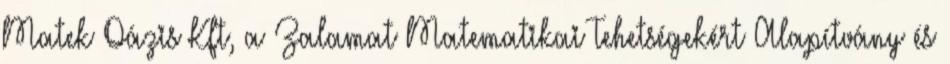
Matek Oázis Kft, a Zalamat Matematikai Tehetségekért Alapítvány és